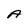
Character: A